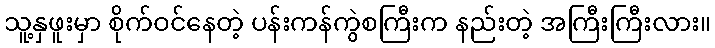
သူ့နှဖူးမှာ စိုက်ဝင်နေတဲ့ ပန်းကန်ကွဲစကြီးက နည်းတဲ့ အကြီးကြီးလား။